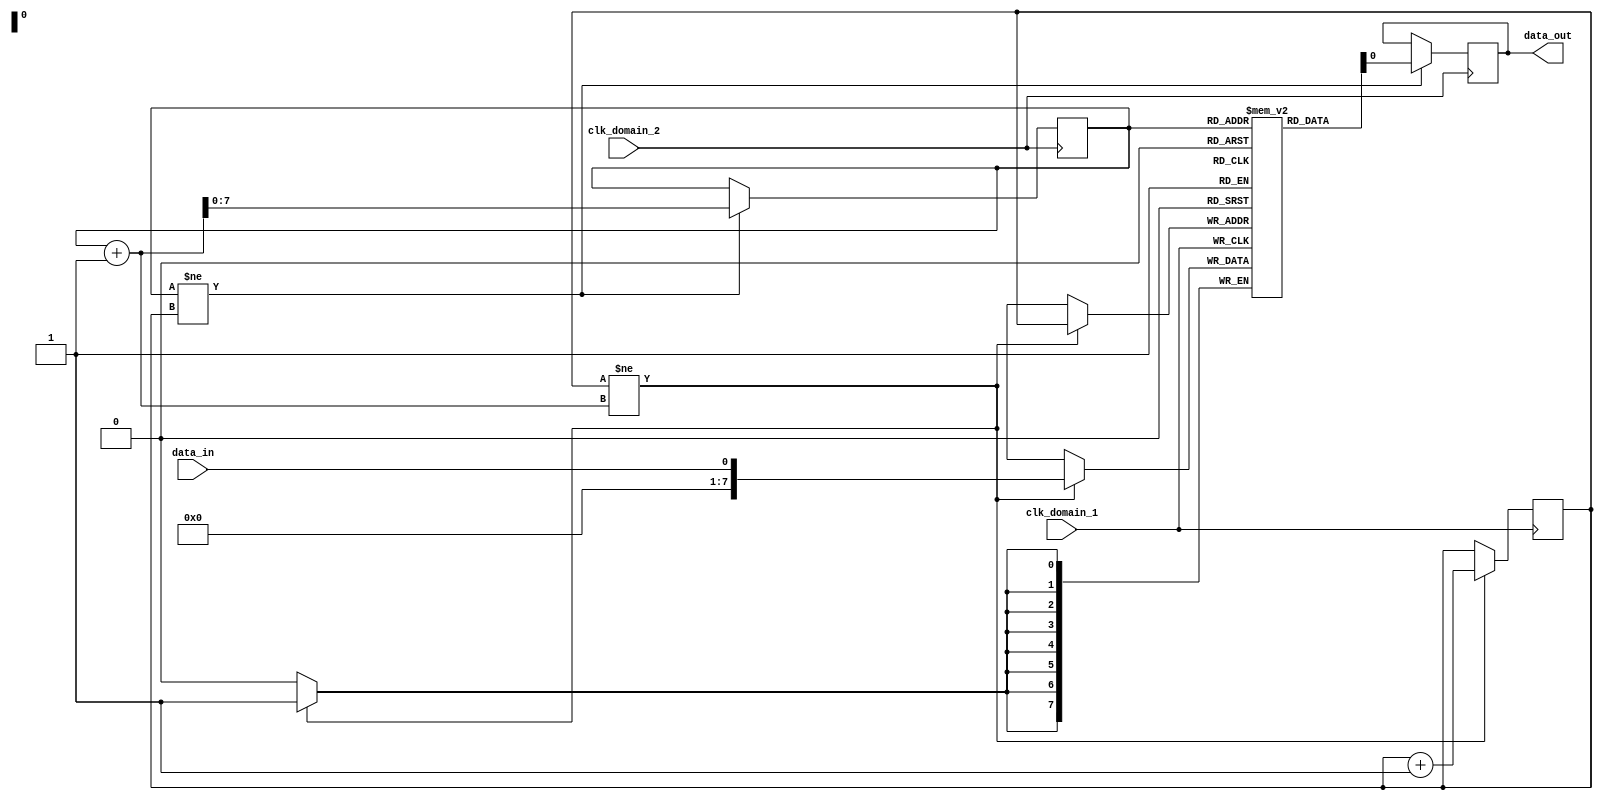
module Timing_Control_and_Synchronization (
    input wire clk_domain_1,
    input wire clk_domain_2,
    input wire data_in,
    output reg data_out
);

reg [7:0] fifo_buffer [0:255];
reg [7:0] fifo_head = 0;
reg [7:0] fifo_tail = 0;

always @(posedge clk_domain_1) begin
    if (fifo_tail != fifo_head + 1) begin
        fifo_buffer[fifo_tail] <= data_in;
        fifo_tail <= fifo_tail + 1;
    end
end

always @(posedge clk_domain_2) begin
    if (fifo_head != fifo_tail) begin
        data_out <= fifo_buffer[fifo_head];
        fifo_head <= fifo_head + 1;
    end
end

endmodule